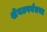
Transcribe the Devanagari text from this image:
शेवटपर्यंतचा